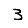
Digit: 3